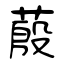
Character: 蒑